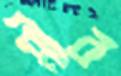
মীর